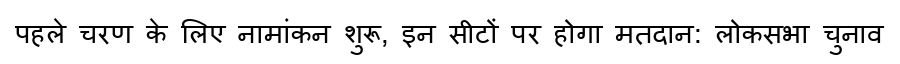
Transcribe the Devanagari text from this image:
पहले चरण के लिए नामांकन शुरू, इन सीटों पर होगा मतदान: लोकसभा चुनाव